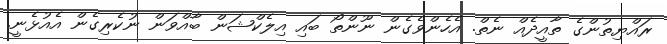
ރައްޔިތުންގެ ތާއީދެއް ނެތް. އެހެންވެގެން ނޫންތޯ ބައި އިލެކްޝަން ބާއްވަން ނުކެރިގެން އެއުޅެނީ.